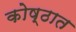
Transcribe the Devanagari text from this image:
कोष्ठात